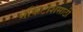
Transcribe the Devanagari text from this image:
मॅकिंटॉशसाठी